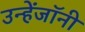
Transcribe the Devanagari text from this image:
उन्हेंजॉनी